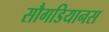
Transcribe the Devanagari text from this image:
सौगडियानस